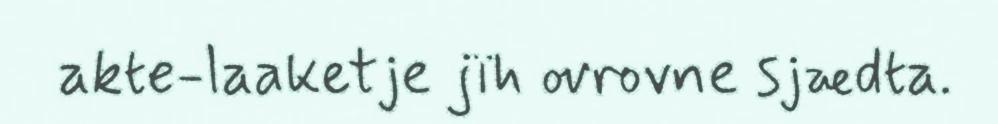
akte-laaketje jïh ovrovne sjædta.